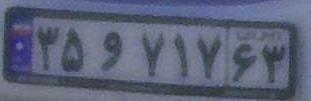
۳۵و۷۱۷۶۳